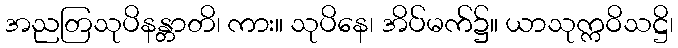
အညတြသုပိနန္တာတိ၊ ကား။ သုပိနေ၊ အိပ်မက်၌။ ယာသုက္ကဝိသဋ္ဌိ၊